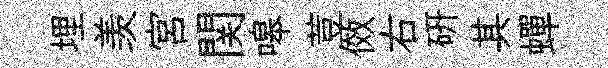
埋羡宮関嗥荳傚右研其蟬